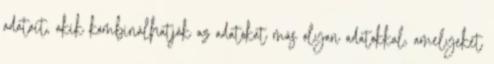
adatait, akik kombinálhatják az adatokat más olyan adatokkal, amelyeket